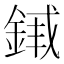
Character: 𬫣